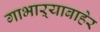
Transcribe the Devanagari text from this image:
गाभाऱ्याबाहेर